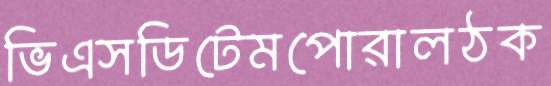
ভিএসডিটেমপোরালঠক